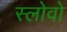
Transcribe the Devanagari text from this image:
स्लोवो